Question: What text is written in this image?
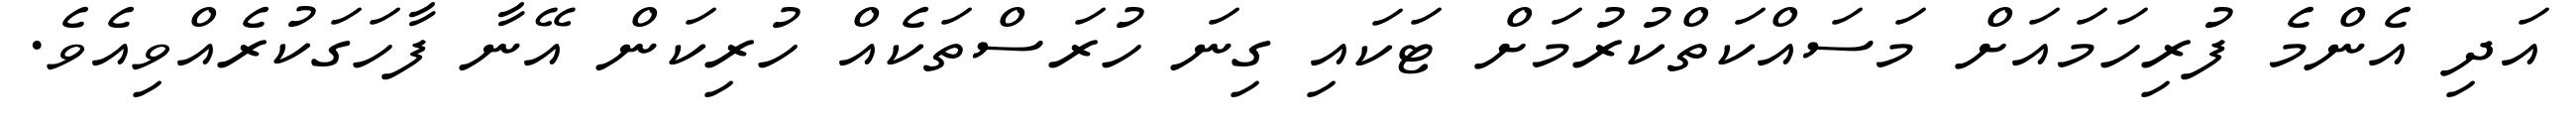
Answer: އަދި އެންމެ ފުރިހަމައަށް މަސައްކަތްކުރުމަށް ޓަކައި ގިނަ ހުރަސްތަކެއް ހުރިކަން އޭނާ ފާހަގަކުރެއްވިއެވެ.